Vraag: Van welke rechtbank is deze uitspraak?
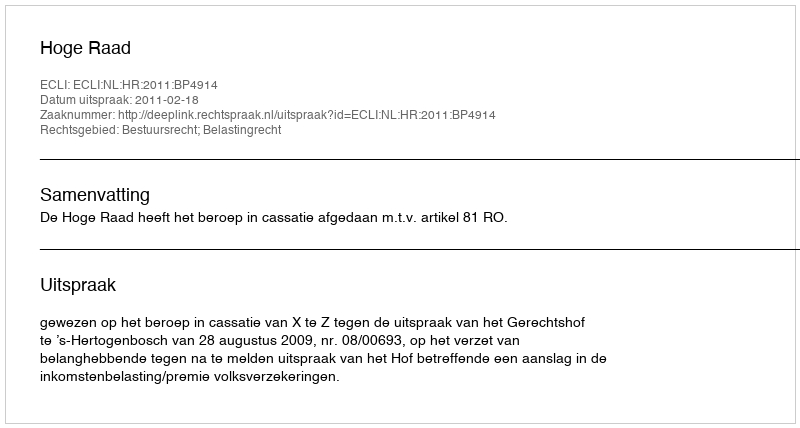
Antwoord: Hoge Raad